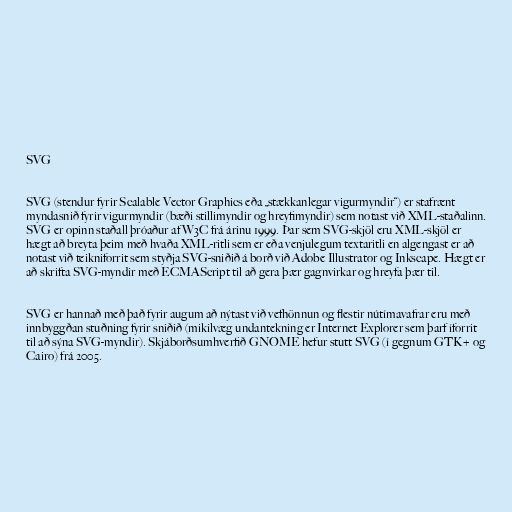
SVG

SVG (stendur fyrir Scalable Vector Graphics eða „stækkanlegar vigurmyndir“) er stafrænt
myndasnið fyrir vigurmyndir (bæði stillimyndir og hreyfimyndir) sem notast við XML-staðalinn.
SVG er opinn staðall þróaður af W3C frá árinu 1999. Þar sem SVG-skjöl eru XML-skjöl er
hægt að breyta þeim með hvaða XML-ritli sem er eða venjulegum textaritli en algengast er að
notast við teikniforrit sem styðja SVG-sniðið á borð við Adobe Illustrator og Inkscape. Hægt er
að skrifta SVG-myndir með ECMAScript til að gera þær gagnvirkar og hreyfa þær til.

SVG er hannað með það fyrir augum að nýtast við vefhönnun og flestir nútímavafrar eru með
innbyggðan stuðning fyrir sniðið (mikilvæg undantekning er Internet Explorer sem þarf íforrit
til að sýna SVG-myndir). Skjáborðsumhverfið GNOME hefur stutt SVG (í gegnum GTK+ og
Cairo) frá 2005.